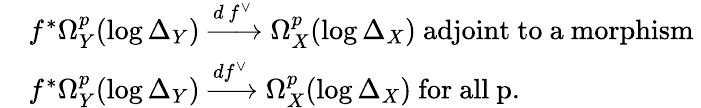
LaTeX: \begin{array}{rl}&{f^{*}\Omega_{Y}^{p}(\log\Delta_{Y})\xrightarrow{d\, f^{\vee}}\Omega_{X}^{p}(\log\Delta_{X})\mathrm{~adjoint~to~a~morphism~}}\\ &{f^{*}\Omega_{Y}^{p}(\log\Delta_{Y})\xrightarrow{df^{\vee}}\Omega_{X}^{p}(\log\Delta_{X})\mathrm{~for~all~p.}}\end{array}